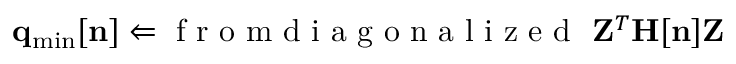
{ \bf q } _ { \mathrm { m i n } } [ { \bf n } ] \Leftarrow \mathrm { ~ f ~ r ~ o ~ m ~ d ~ i ~ a ~ g ~ o ~ n ~ a ~ l ~ i ~ z ~ e ~ d ~ } ~ { \bf Z } ^ { T } { \bf H } [ { \bf n } ] { \bf Z }